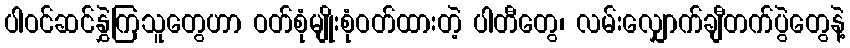
ပါဝင်ဆင်နွှဲကြသူတွေဟာ ဝတ်စုံမျိုးစုံဝတ်ထားတဲ့ ပါတီတွေ၊ လမ်းလျှောက်ချီတက်ပွဲတွေနဲ့